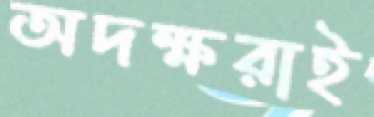
অদক্ষরাই